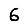
Digit: 6